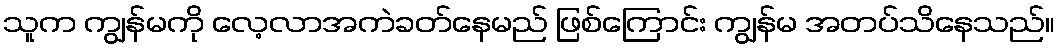
သူက ကျွန်မကို လေ့လာအကဲခတ်နေမည် ဖြစ်ကြောင်း ကျွန်မ အတပ်သိနေသည်။